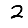
Digit: 2